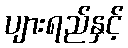
ပျားရည်နှင့်